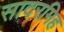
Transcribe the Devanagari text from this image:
सादरमिह